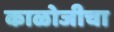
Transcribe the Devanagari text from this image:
काळोजीचा